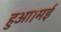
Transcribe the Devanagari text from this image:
हुआ।मई